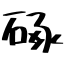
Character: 硺